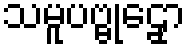
သမူပဗ္ဗုဠှော